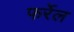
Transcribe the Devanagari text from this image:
फर्रेल